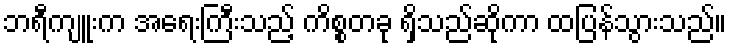
ဘရီကျူးက အရေးကြီးသည့် ကိစ္စတခု ရှိသည်ဆိုကာ ထပြန်သွားသည်။